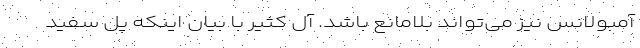
آمبولانس نیز می‌تواند بلامانع باشد. آل کثیر با بیان اینکه پل سفید